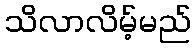
သိလာလိမ့်မည်